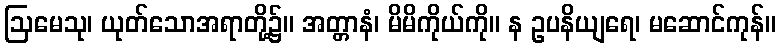
ဩမေသု၊ ယုတ်သောအရာတို့၌။ အတ္တာနံ၊ မိမိကိုယ်ကို။ န ဥပနိယျရေ၊ မဆောင်ကုန်။